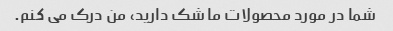
شما در مورد محصولات ما شک دارید، من درک می کنم.